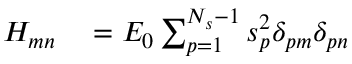
\begin{array} { r l } { H _ { m n } } & { { } = E _ { 0 } \sum _ { p = 1 } ^ { N _ { s } - 1 } { s _ { p } ^ { 2 } \delta _ { p m } \delta _ { p n } } } \end{array}